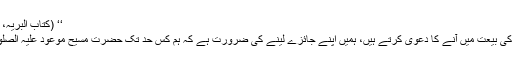
‘‘ (کتاب البریہ، روحانی خزائن جلد 13 صفحہ 291 تا 294 حاشیہ)
پس ہم جو حضرت مسیح موعود علیہ الصلوۃ والسلام کی بیعت میں آنے کا دعویٰ کرتے ہیں، ہمیں اپنے جائزے لینے کی ضرورت ہے کہ ہم کس حد تک حضرت مسیح موعود علیہ الصلوۃ والسلام کی بعثت کے مقصد کو پورا کر رہے ہیں۔